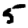
Digit: 5